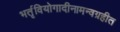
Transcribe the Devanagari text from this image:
भर्तृवियोगादीनामन्वग्रहीत